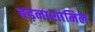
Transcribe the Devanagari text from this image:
बढ़नाशामिल